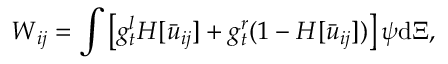
\boldsymbol { W } _ { i j } = \int \left[ g _ { t } ^ { l } H [ \bar { u } _ { i j } ] + g _ { t } ^ { r } ( 1 - H [ \bar { u } _ { i j } ] ) \right] \boldsymbol { \psi } \mathrm { d } \boldsymbol { \Xi } ,